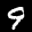
Label: 9